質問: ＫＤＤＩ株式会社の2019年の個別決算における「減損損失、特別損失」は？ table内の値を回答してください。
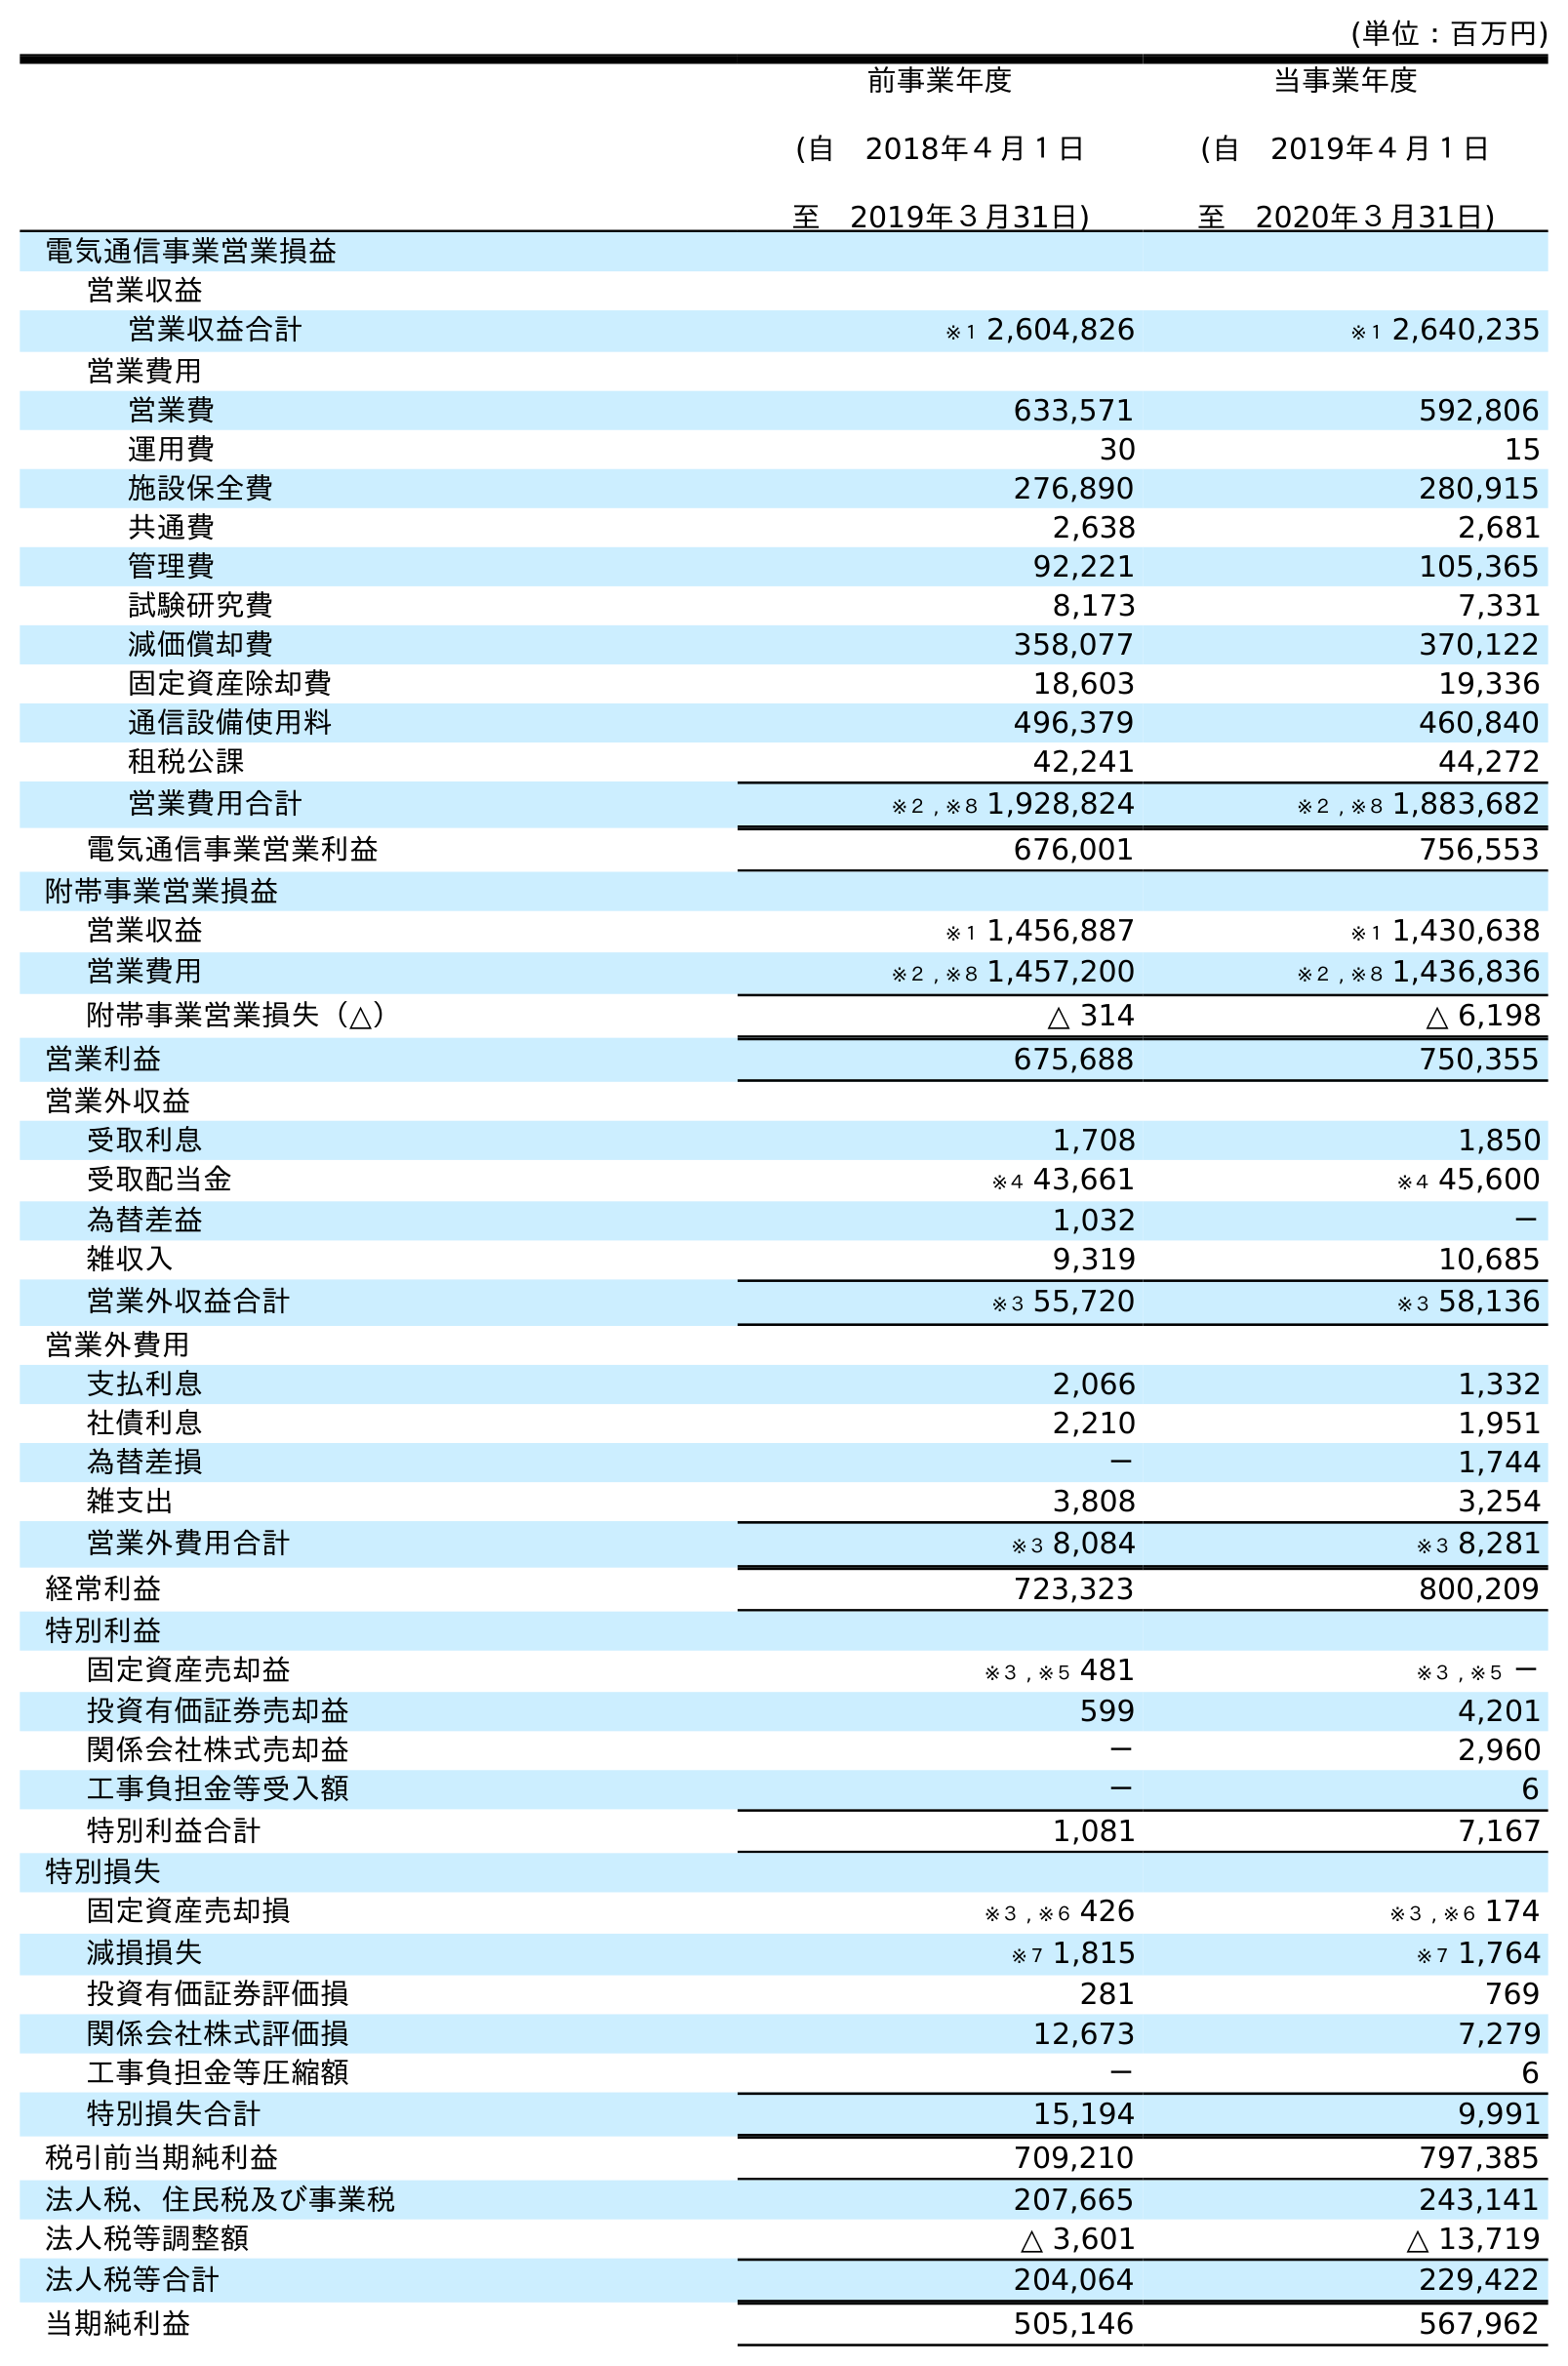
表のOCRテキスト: (単位：百万円) 前事業年度 (自 2018年４月１日 至 2019年３月31日) 当事業年度 (自 2019年４月１日 至 2020年３月31日) 電気通信事業営業損益 営業収益 営業収益合計 ※１ 2,604,826 ※１ 2,640,235 営業費用 営業費 633,571 592,806 運用費 30 15 施設保全費 276,890 280,915 共通費 2,638 2,681 管理費 92,221 105,365 試験研究費 8,173 7,331 減価償却費 358,077 370,122 固定資産除却費 18,603 19,336 通信設備使用料 496,379 460,840 租税公課 42,241 44,272 営業費用合計 ※２ , ※８ 1,928,824 ※２ , ※８ 1,883,682 電気通信事業営業利益 676,001 756,553 附帯事業営業損益 営業収益 ※１ 1,456,887 ※１ 1,430,638 営業費用 ※２ , ※８ 1,457,200 ※２ , ※８ 1,436,836 附帯事業営業損失（△） △ 314 △ 6,198 営業利益 675,688 750,355 営業外収益 受取利息 1,708 1,850 受取配当金 ※４ 43,661 ※４ 45,600 為替差益 1,032 － 雑収入 9,319 10,685 営業外収益合計 ※３ 55,720 ※３ 58,136 営業外費用 支払利息 2,066 1,332 社債利息 2,210 1,951 為替差損 － 1,744 雑支出 3,808 3,254 営業外費用合計 ※３ 8,084 ※３ 8,281 経常利益 723,323 800,209 特別利益 固定資産売却益 ※３ , ※５ 481 ※３ , ※５ － 投資有価証券売却益 599 4,201 関係会社株式売却益 － 2,960 工事負担金等受入額 － 6 特別利益合計 1,081 7,167 特別損失 固定資産売却損 ※３ , ※６ 426 ※３ , ※６ 174 減損損失 ※７ 1,815 ※７ 1,764 投資有価証券評価損 281 769 関係会社株式評価損 12,673 7,279 工事負担金等圧縮額 － 6 特別損失合計 15,194 9,991 税引前当期純利益 709,210 797,385 法人税、住民税及び事業税 207,665 243,141 法人税等調整額 △ 3,601 △ 13,719 法人税等合計 204,064 229,422 当期純利益 505,146 567,962
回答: ※７1,815